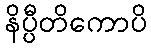
နိပ္ပီတိကောပိ